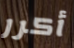
أكرر